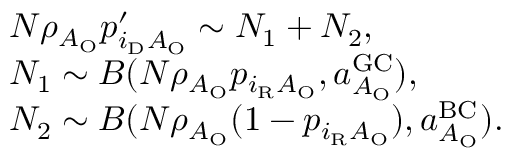
\begin{array} { r l } & { N \rho _ { A _ { \mathrm { O } } } p _ { i _ { \mathrm { D } } A _ { \mathrm { O } } } ^ { \prime } \sim N _ { 1 } + N _ { 2 } , } \\ & { N _ { 1 } \sim { \cal B } ( N \rho _ { A _ { \mathrm { O } } } p _ { i _ { \mathrm { R } } A _ { \mathrm { O } } } , a _ { A _ { \mathrm { O } } } ^ { \mathrm { G C } } ) , } \\ & { N _ { 2 } \sim { \cal B } ( N \rho _ { A _ { \mathrm { O } } } ( 1 - p _ { i _ { \mathrm { R } } A _ { \mathrm { O } } } ) , a _ { A _ { \mathrm { O } } } ^ { \mathrm { B C } } ) . } \end{array}